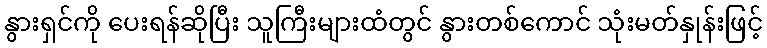
နွားရှင်ကို ပေးရန်ဆိုပြီး သူကြီးများထံတွင် နွားတစ်ကောင် သုံးမတ်နှုန်းဖြင့်